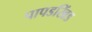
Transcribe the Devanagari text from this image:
पापडखिंड